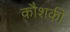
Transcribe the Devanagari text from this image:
कौशकी